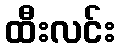
ထီးလင်း